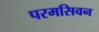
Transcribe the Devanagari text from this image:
परमसिवन